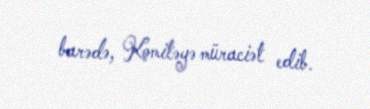
barədə, Komitəyə müraciət edib.